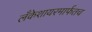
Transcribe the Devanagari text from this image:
लँकेशायरमार्फतच